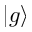
\left| g \right\rangle